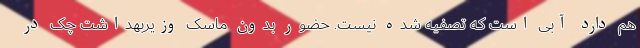
هم دارد آبی است که تصفیه شده نیست. حضور بدون ماسک وزیربهداشت چک در